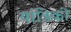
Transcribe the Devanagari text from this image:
यांत्रिकी